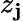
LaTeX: z_{\mathbf{j}}